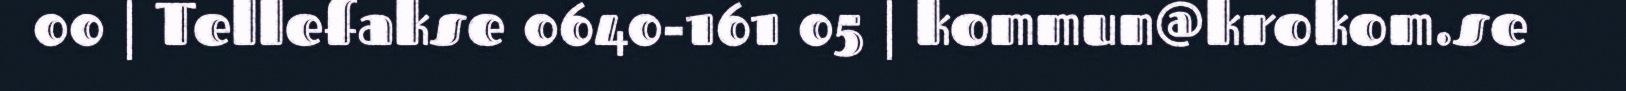
00 | Tellefakse 0640-161 05 | kommun@krokom.se